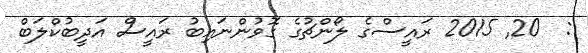
:  20